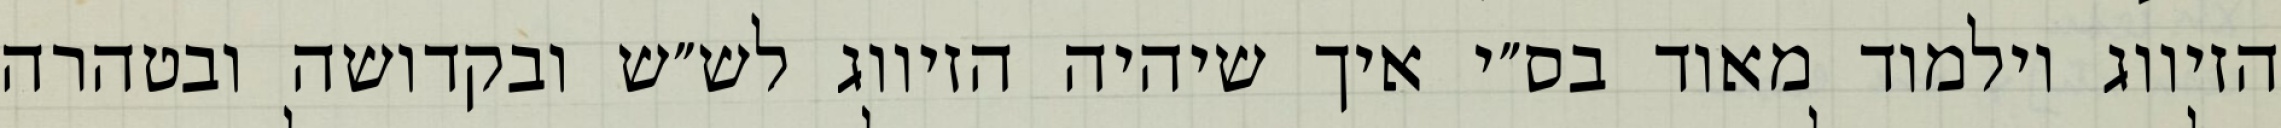
הזיווג וילמוד מאוד בס״י איך שיהיה הזיווג לש״ש ובקדושה ובטהרה